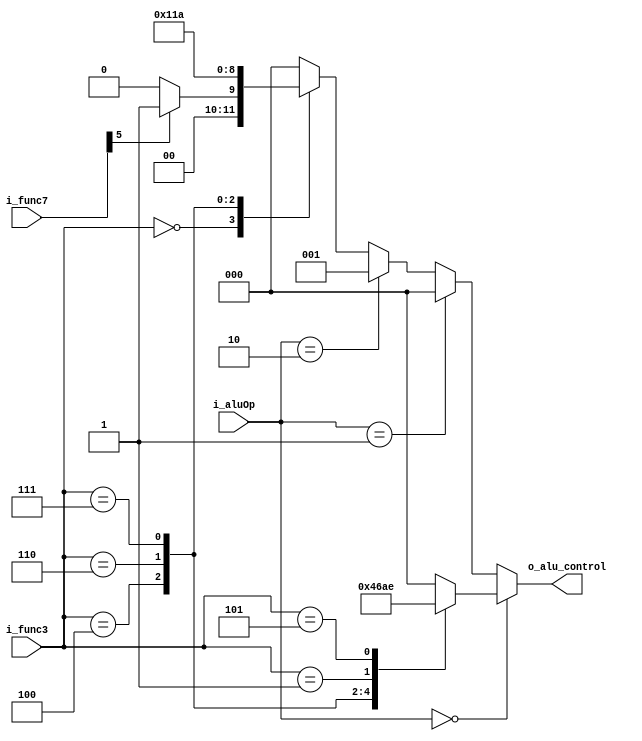
module alu_control #(
    parameter ADD = 3'b000,
    parameter SUB = 3'b001,
    parameter AND = 3'b010,
    parameter OR  = 3'b011,
    parameter XOR = 3'b100,
    parameter SLL = 3'b101,
    parameter SRL = 3'b110
)(
    input  [2:0]        i_func3,
    input  [6:0]        i_func7,
    input  [1:0]        i_aluOp,
    output reg [2:0]    o_alu_control
);

    always @(*) begin
        if(i_aluOp == 2'b00) begin              // I-type
            case(i_func3)
                3'b011: begin                   // load
                    o_alu_control <= ADD;
                end
                3'b000: begin
                    o_alu_control <= ADD;
                end
                3'b100: begin
                    o_alu_control <= XOR;
                end
                3'b110: begin
                    o_alu_control <= OR;
                end
                3'b111: begin
                    o_alu_control <= AND;
                end
                3'b001: begin
                    o_alu_control <= SLL;
                end
                3'b101: begin
                    o_alu_control <= SRL;
                end
                default: begin
                    o_alu_control <= ADD;
                end
            endcase
        end else if(i_aluOp == 2'b01) begin     // SD
            o_alu_control <= ADD;
        end else if(i_aluOp == 2'b10) begin     // BRANCH
            o_alu_control <= SUB;
        end else begin                          // R-type, i_aluO- == 2'b11
            case(i_func3)
                3'b000: begin
                    o_alu_control <= (i_func7[5] == 1)? SUB : ADD;
                end
                3'b100: begin
                    o_alu_control <= XOR;
                end
                3'b110: begin
                    o_alu_control <= OR;
                end
                3'b111: begin
                    o_alu_control <= AND;
                end
                default: begin
                    o_alu_control <= ADD;
                end
            endcase
        end
    end
    
endmodule